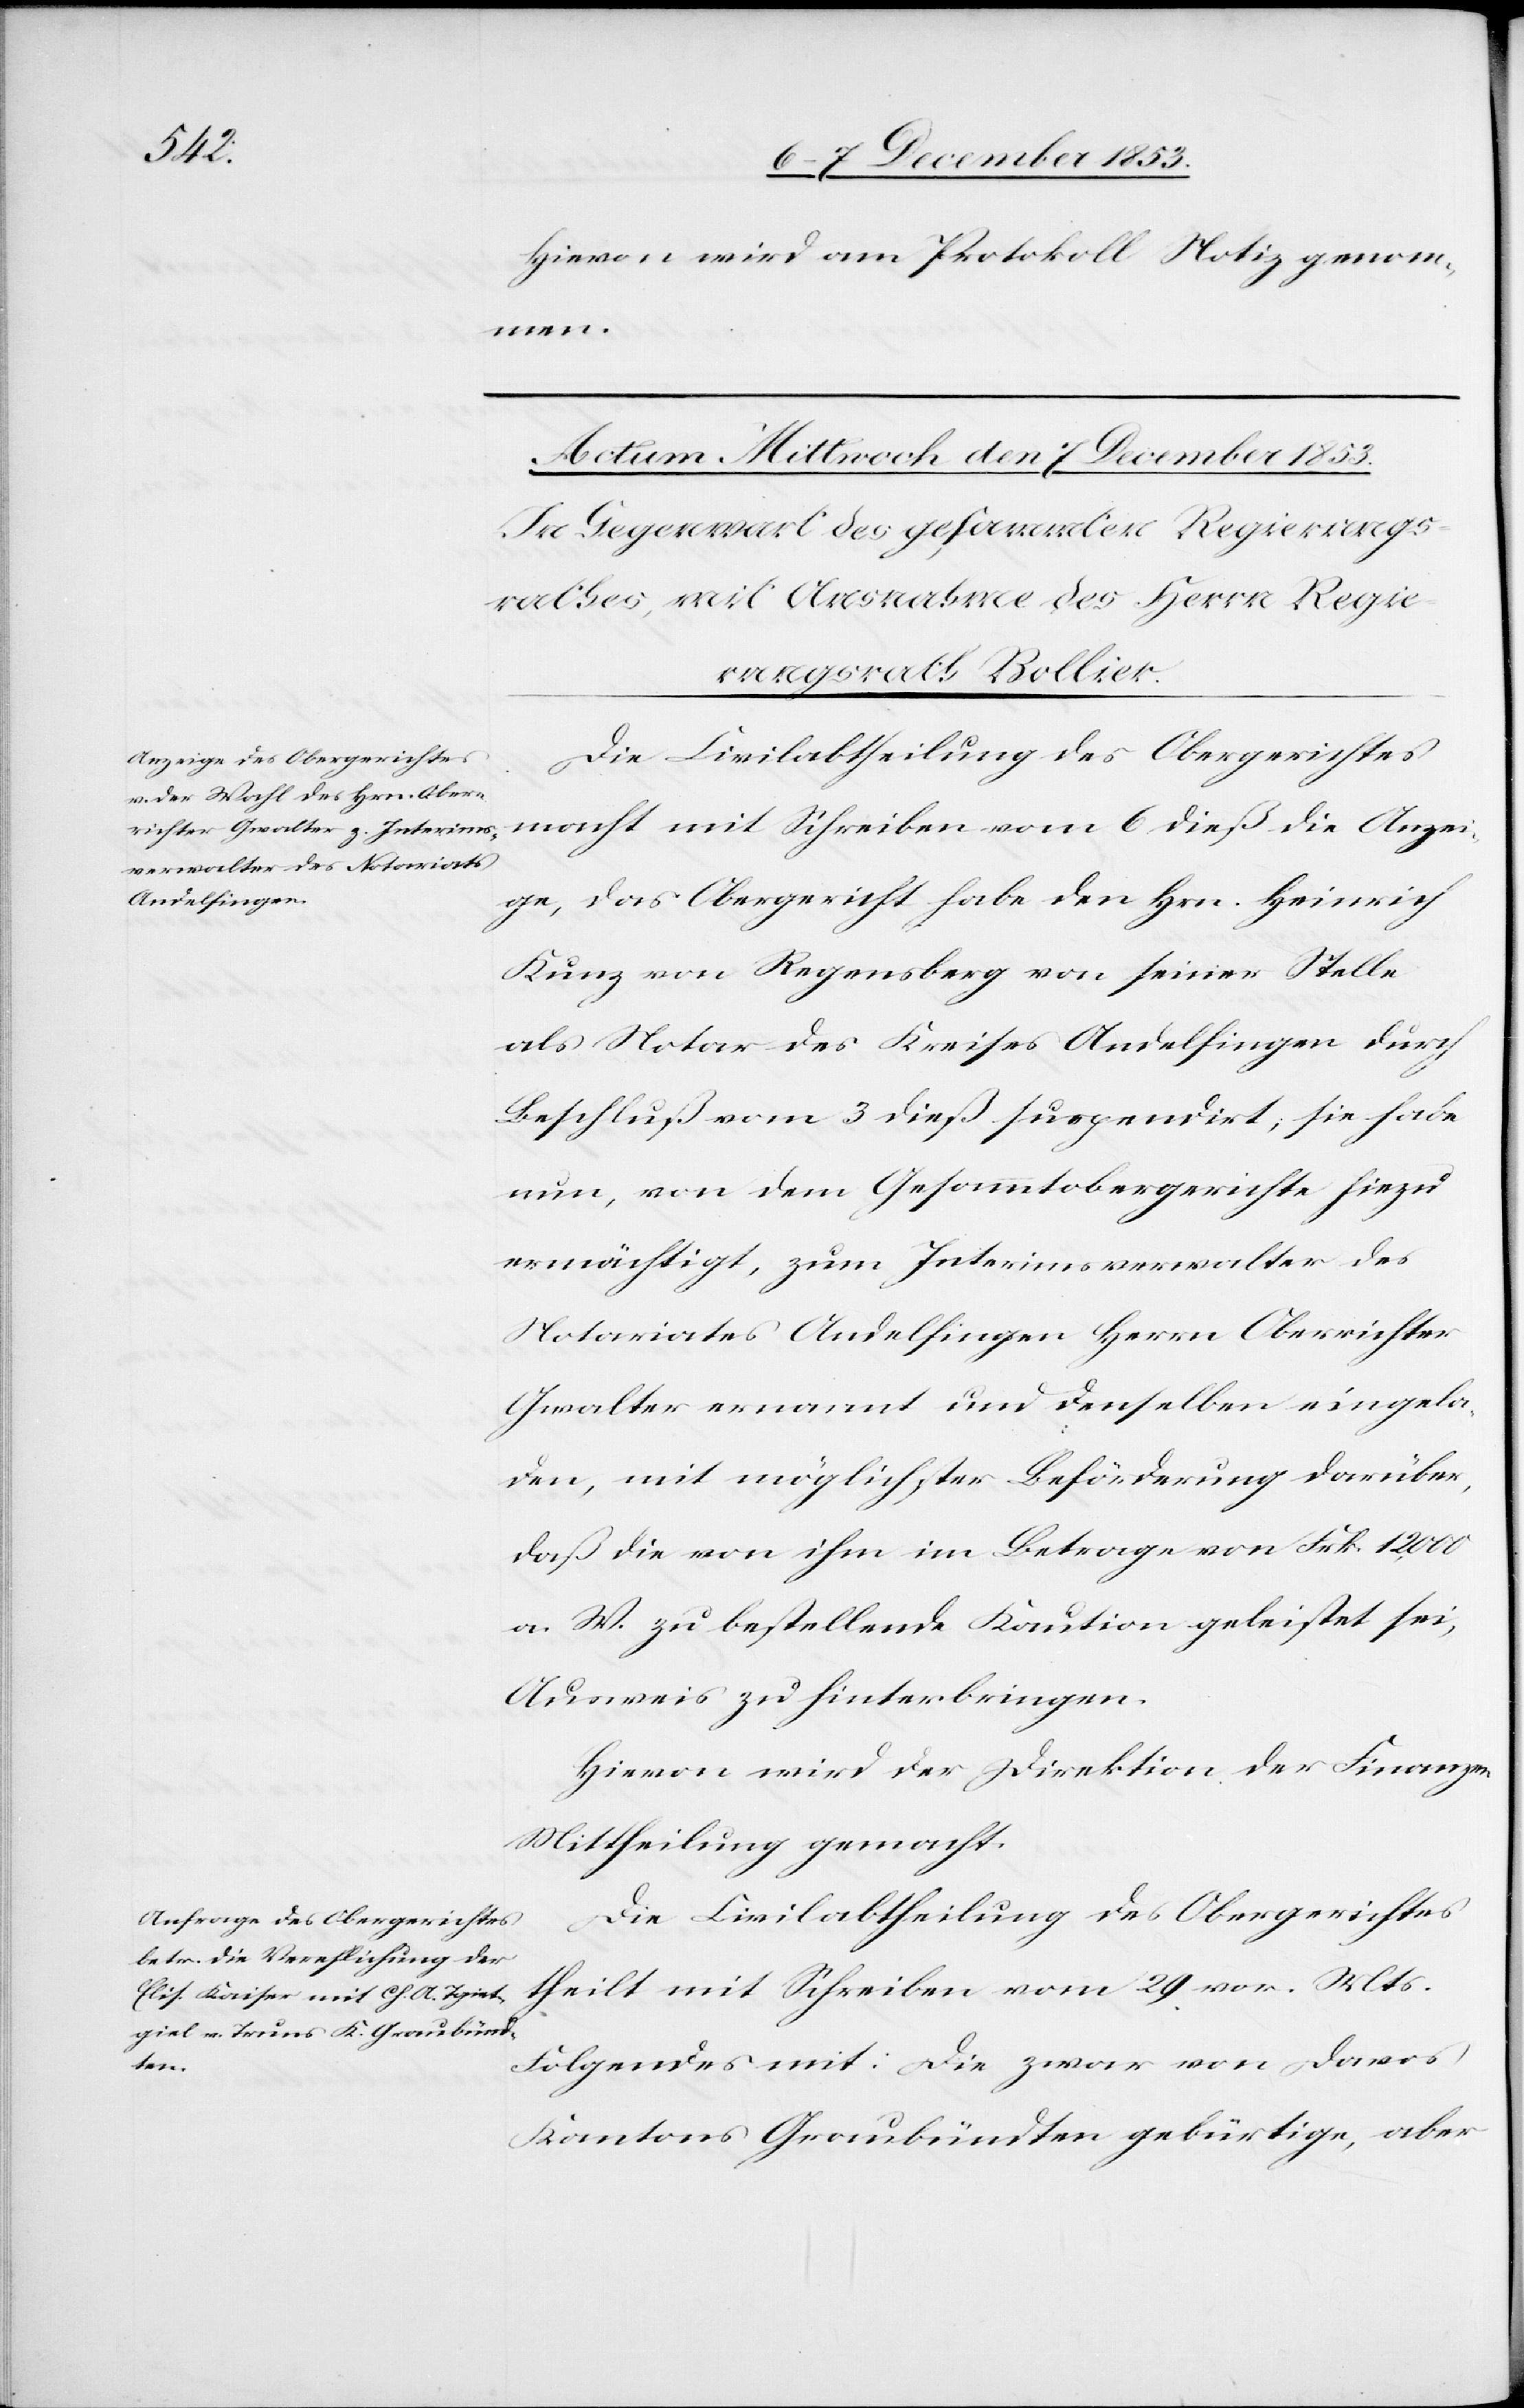
Hievon wird am Protokoll Notiz genom¬
men.
Die Civilabtheilung des Obergerichtes
macht mit Schreiben vom 6 dieß die Anzei¬
ge, das Obergericht habe den Hrn. Heinrich
Kunz von Regensberg von seiner Stelle
als Notar des Kreises Andelfingen durch
Beschluß vom 3 dieß suspendirt; sie habe
nun, von dem Gesammtobergerichte hiezu
ermächtigt, zum Interimsverwalter des
Notariats Andelfingen Herrn Oberrichter
Gwalter ernannt und denselben eingela¬
den, mit möglichster Beförderung darüber,
daß die von ihm im Betrage von Frk. 12,000
a. W. zu bestellende Kaution geleistet sei,
Ausweis zu hinterbringen.
Hievon wird der Direktion der Finanzen
Mittheilung gemacht.
Die Civilabtheilung des Obergerichtes
theilt mit Schreiben vom 29 vor. Mts.
Folgendes mit: Die zwar von Davos
Kantons Graubünden gebürtige, aber